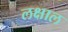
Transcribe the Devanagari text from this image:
लक्षाल